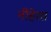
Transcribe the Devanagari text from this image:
नीहेरस